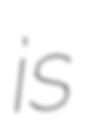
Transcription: is